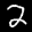
Label: 2